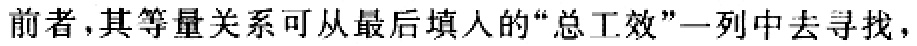
前者,其等量关系可从最后填人的“总工效”一列中去寻找，